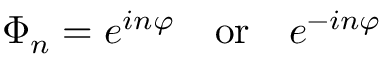
\Phi _ { n } = e ^ { i n \varphi } \, \, \, \, \, \, \mathrm { o r } \, \, \, \, \, \, e ^ { - i n \varphi }